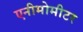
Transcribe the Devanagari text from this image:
एनीमोमीटर